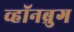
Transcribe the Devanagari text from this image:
व्हॉनब्रुग